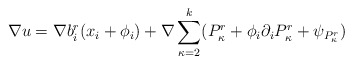
\begin{align*}\nabla u=\nabla b_i^r (x_i+\phi_i) + \nabla\sum_{\kappa=2}^k (P_\kappa^r+\phi_i \partial_iP_\kappa^r+\psi_{P_\kappa^r})\end{align*}